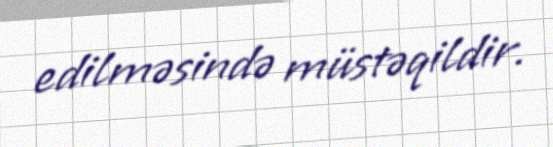
edilməsində müstəqildir.